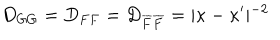
D _ { G G } = D _ { F F } = D _ { \overline { { F } } \overline { { F } } } = \vert \kappa - \kappa ^ { \prime } \vert ^ { - 2 }